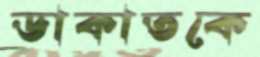
ডাকাতকে